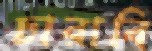
চারাবি